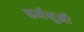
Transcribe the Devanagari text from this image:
कर्मभुमी